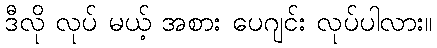
ဒီလို လုပ် မယ့် အစား ပေဂျင်း လုပ်ပါလား။